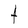
Character: t